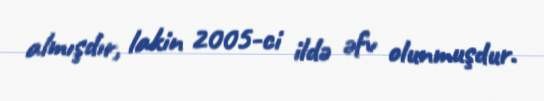
almışdır, lakin 2005-ci ildə əfv olunmuşdur.